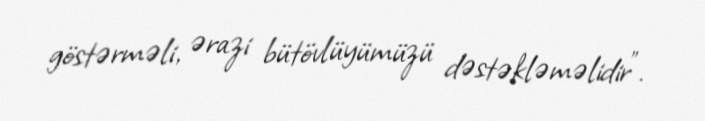
göstərməli, ərazi bütövlüyümüzü dəstəkləməlidir”.